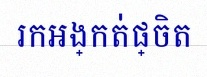
រកអង្កត់ផ្ចិត